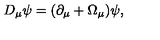
D _ { \mu } \psi = ( \partial _ { \mu } + \Omega _ { \mu } ) \psi ,